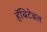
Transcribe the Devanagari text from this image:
हॅबिटेबल